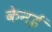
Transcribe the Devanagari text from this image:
केनई